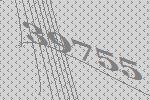
39755